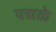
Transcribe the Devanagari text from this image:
पद्मळे